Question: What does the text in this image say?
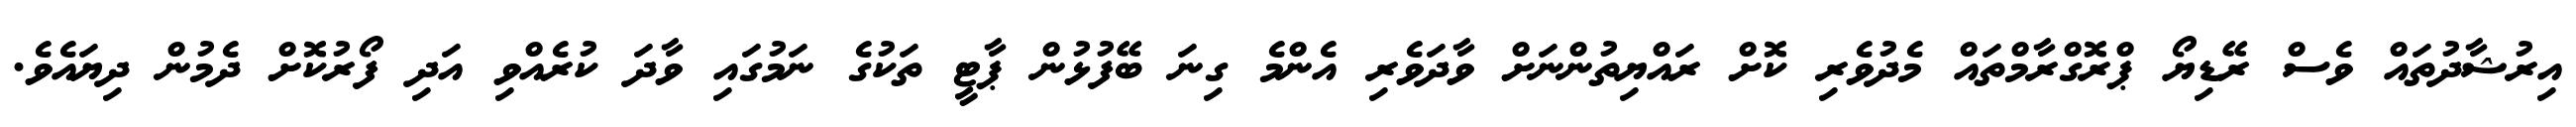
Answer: އިރުޝާދުތައް ވެސް ރޭޑިޔޯ ޕްރޮގްރާމްތައް މެދުވެރި ކޮށް ރައްޔިތުންނަށް ވާދަވެރި އެންމެ ގިނަ ބޭފުޅުން ޕާޓީ ތަކުގެ ނަމުގައި ވާދަ ކުރެއްވި އަދި ފޯރުކޮށް ދެމުން ދިޔައެވެ.